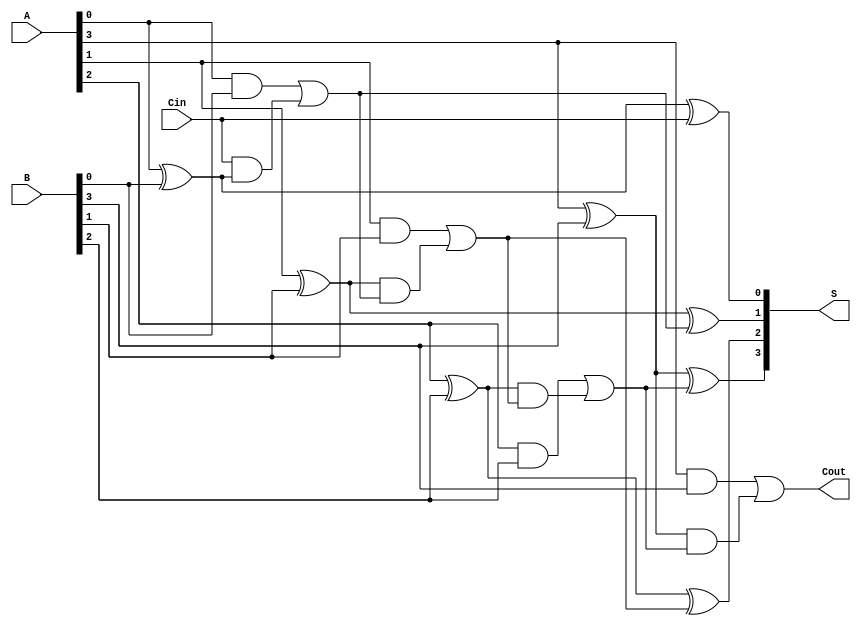
module han_carlson_adder #(parameter N = 4) (
    input  [N-1:0] A,      // First n-bit input
    input  [N-1:0] B,      // Second n-bit input
    input         Cin,      // Carry-in
    output [N-1:0] S,      // n-bit sum output
    output        Cout      // Carry-out
);

    wire [N:0] C;          // Carry signals, C[0] is Cin, C[N] is Cout

    // Generate carry signals
    assign C[0] = Cin;

    genvar i;
    generate
        for (i = 0; i < N; i = i + 1) begin : carry_generation
            if (i == 0) begin
                assign C[i+1] = (A[i] & B[i]) | (C[i] & (A[i] ^ B[i]));
            end else begin
                assign C[i+1] = (A[i] & B[i]) | (A[i] ^ B[i]) & C[i];
            end
        end
    endgenerate

    // Generate sum outputs
    generate
        for (i = 0; i < N; i = i + 1) begin : sum_generation
            assign S[i] = A[i] ^ B[i] ^ C[i];
        end
    endgenerate

    // Assign Cout
    assign Cout = C[N];

endmodule